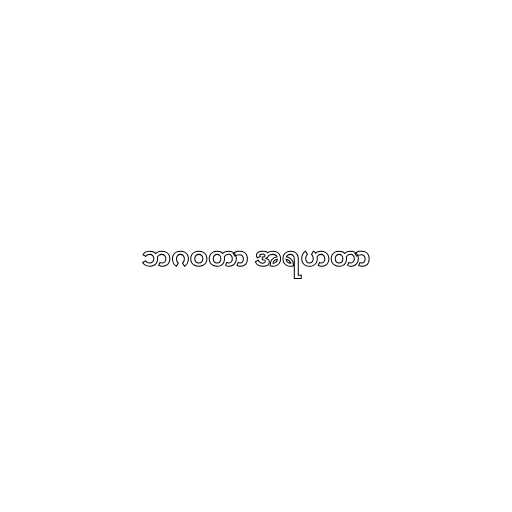
ဘဂဝတာ အရဟတာ